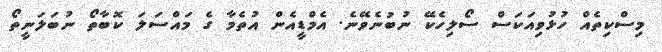
މިސްކިތެއް ހުޅުވިއަކަސް ސޯލިހެކޭ ނުބުނެވޭނެ. އެމްޑީއެން އުތެމާ ގެ މައްސަލަ ކޮބާތޯ ނުބަލަނީތޯ